Leningradi_Edasi_toimetus, lk 153
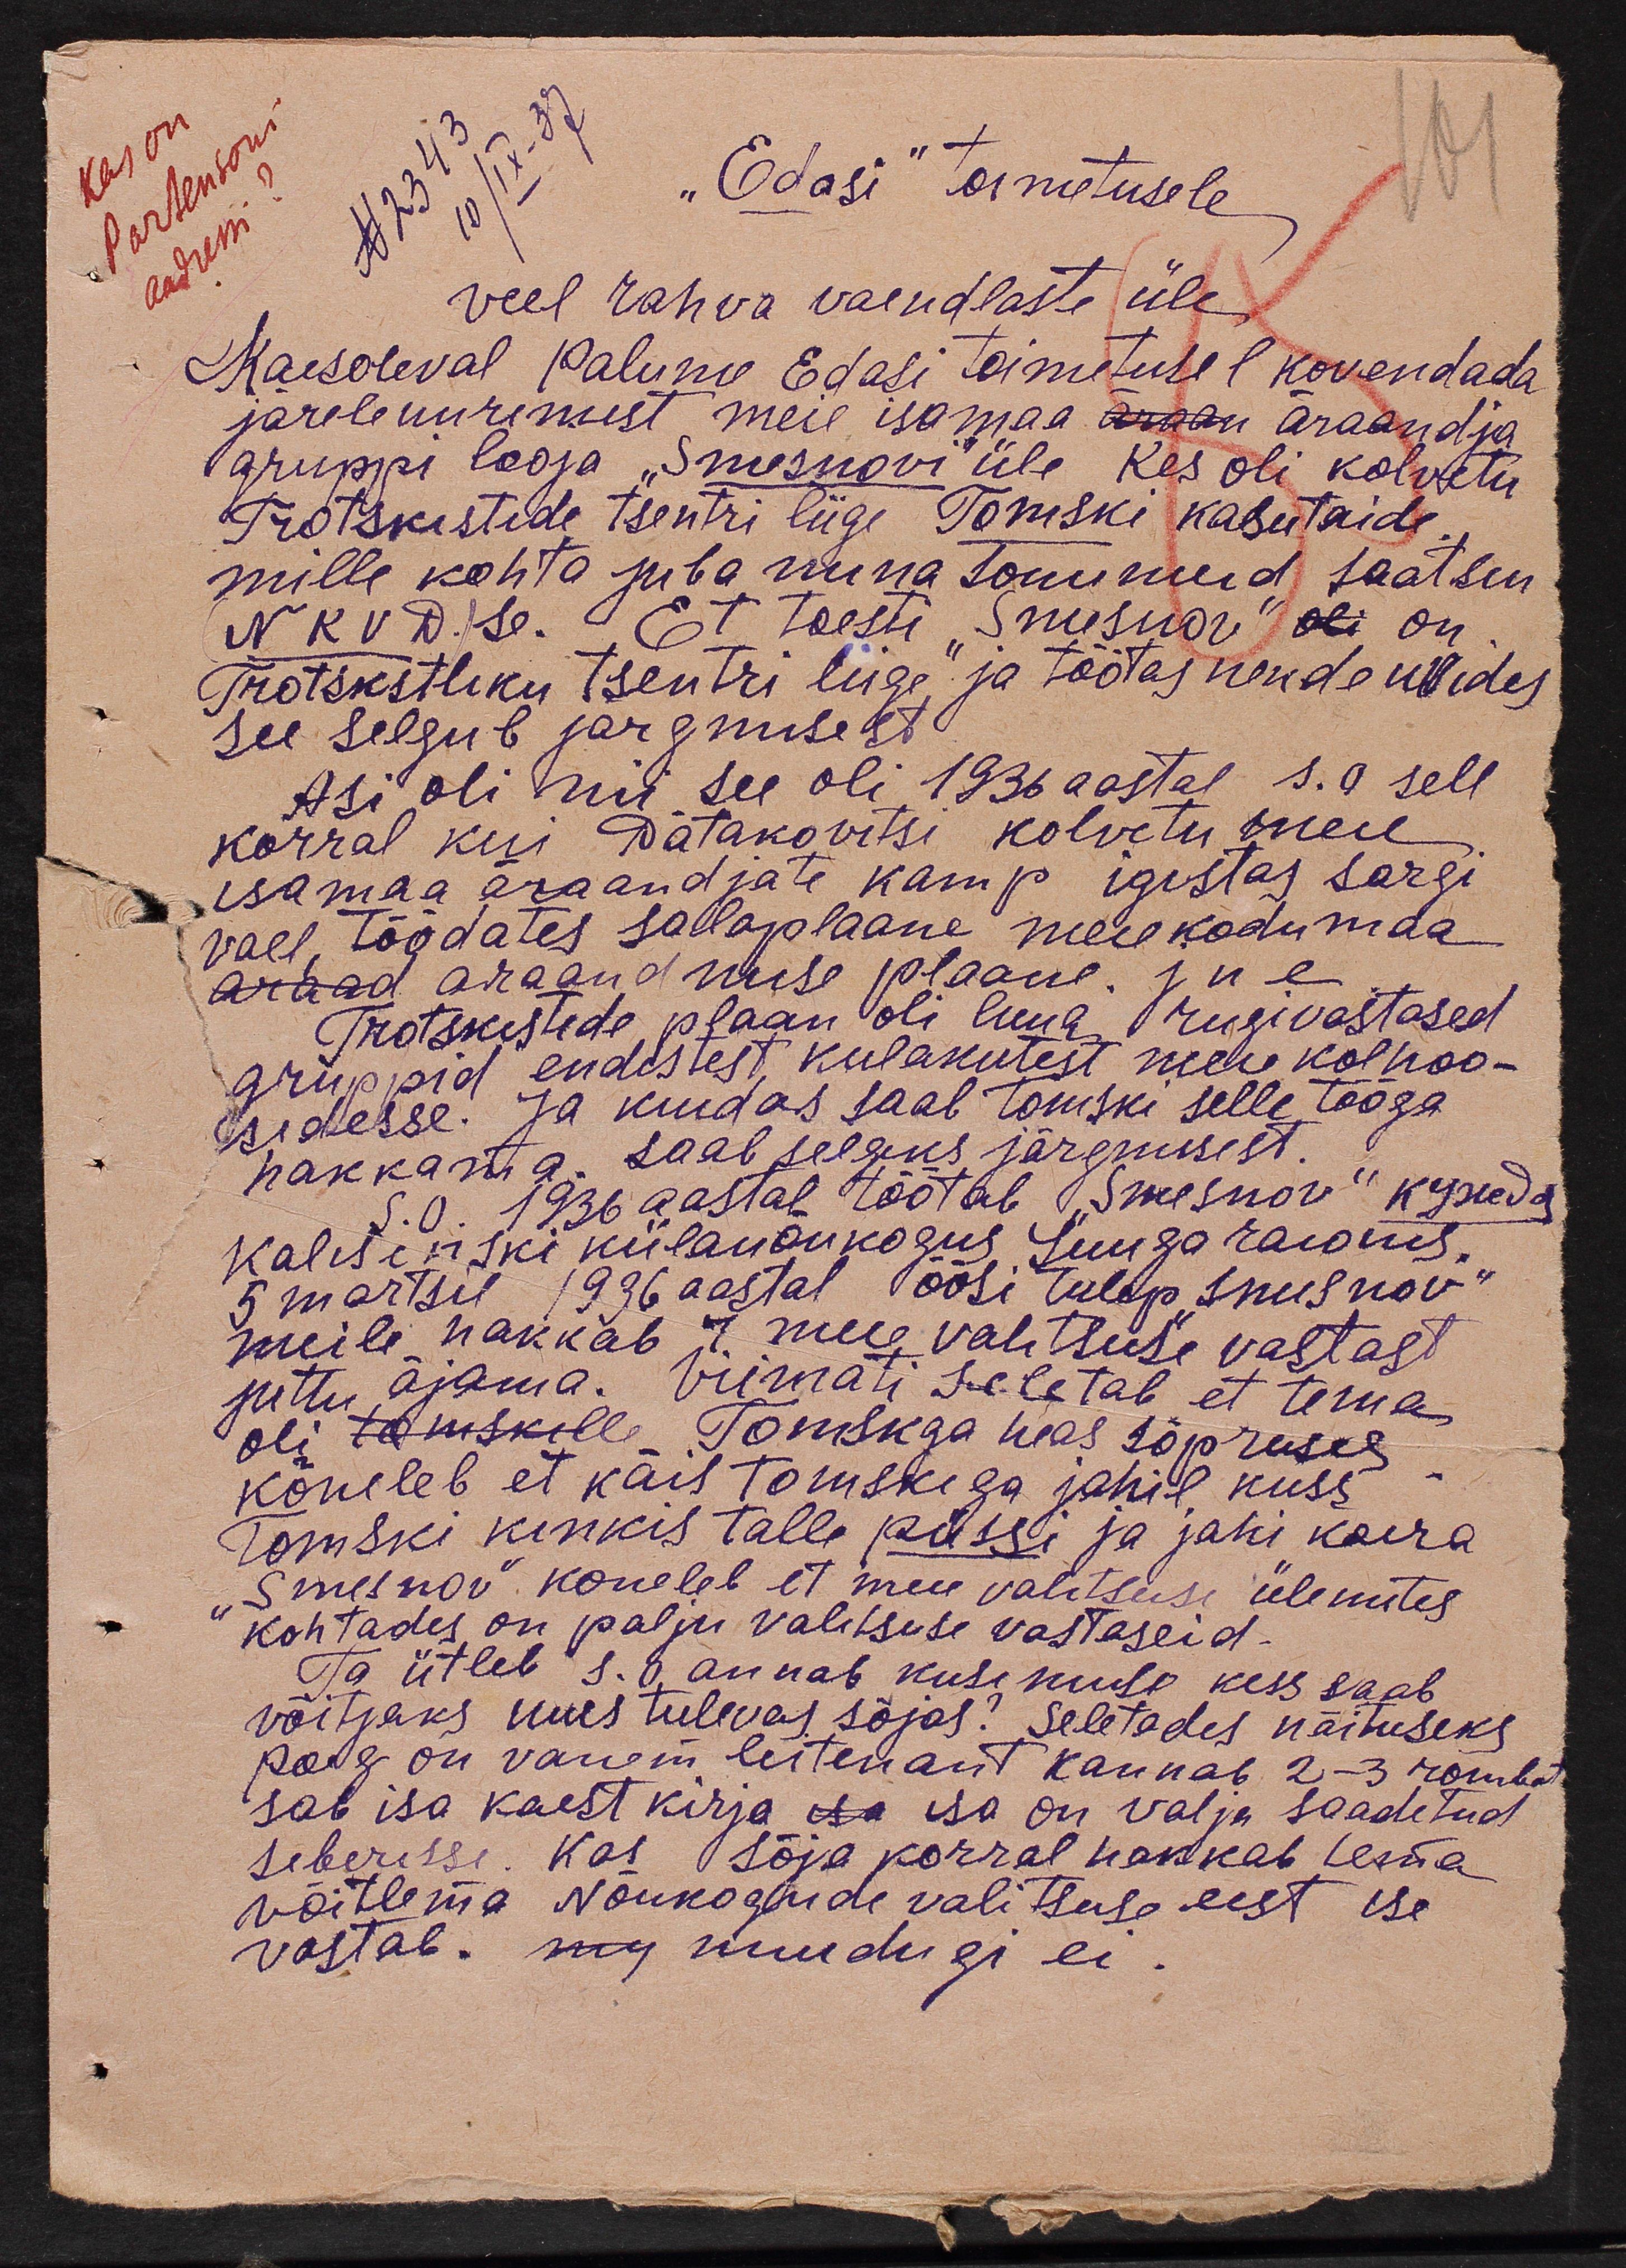
Kas on
No 2343
10/IX-37
Partensoni
aadressi
"Edasi" toimetusele
101
veel rahva vaendlaste üle
Kaesoleval Palume Edasi toimetusel kovendada
järele uurimist meie isamaa äraandja
gruppi looja "Smesnovi" üle kes oli kolvetu
Trotskistide tsentri liige Tomski kasutäide,
mille kohta juba mina sonumeid saatsin
NKVDse. Et tõesti "Smesnov" on
Trotskistliku tsentri liige, ja töötas nende uvides
see selgub järgmisest
Asi oli nii see oli 1936 aastal s.a sell
korral kui Patakovitsi kolvetu meie
isamaa äraandjate kamp igistas sargi
vael töödates salaplaane meie kodumaa
araandmise plaane. jne
Trotskistide plaan oli luua riigivastased
gruppid endistest kulakutest meie kolhoo-
sidesse. Ja kuidas saab Tomski selle tööga
hakkama saab selgeks järgmisest.
s. o. 1936 aastal töötab "Smesnov" kysuda
Kalisinski külanõukogus Luuga raionis.
5 märtsil 1936 aastal öösi tulep Smesnov
meile hakkab 7. meie valitsuse vastast
juttu ajama. Viimati seletab et tema
oli Tomskiga heas sõpruses.
kõneleb et käis Tomskiga jahil kuss
Tomski kinkis talle püssi ja jahi koera
„Smesnov" kõneleb et meie valitsuse ülemites
kohtades on palju valitsuse vastaseid.
Ta ütleb s. o. annab küsimuse kess saab
võitjaks uus tulevas sõjas." Seletades näituseks
poeg on vanem leitenant kannab 2-3 rombid
sab isa kaest kirja isa on valja saadetud
Siberisse. Kas sõja korral hakkab tema
võitlema Nõukogude valitsuse eest ise
vastab. muidugi ei